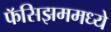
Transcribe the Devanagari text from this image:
फॅसिझममध्ये